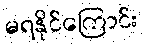
မရနိုင်ကြောင်း